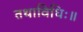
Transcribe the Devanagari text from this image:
तथाविधिः॥